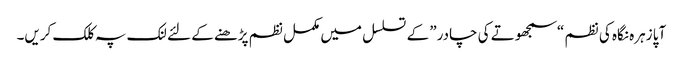
‎ آپا زہرہ نگاہ کی نظم “سمجھوتے کی چادر” کے تسلسل میں مکمل نظم پڑھنے کے لئے لنک پہ کلک کریں۔